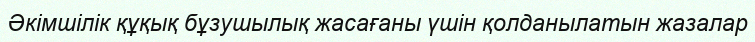
Әкімшілік құқық бұзушылық жасағаны үшін қолданылатын жазалар